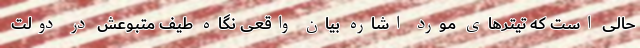
حالی است که تیترهای مورد اشاره بیان واقعی نگاه طیف متبوعش در دولت